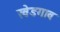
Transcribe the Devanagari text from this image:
खेडगाव